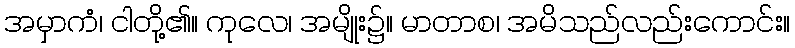
အမှာကံ၊ ငါတို့၏။ ကုလေ၊ အမျိုး၌။ မာတာစ၊ အမိသည်လည်းကောင်း။